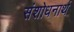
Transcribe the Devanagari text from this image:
संशोधनार्थ